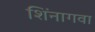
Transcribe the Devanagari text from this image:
शिंनागवा